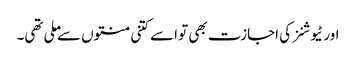
اور ٹیوشنز کی اجازت بھی تو اسے کتنی منتوں سے ملی تھی۔